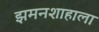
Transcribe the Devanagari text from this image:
झमनशाहाला